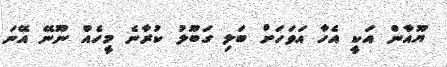
ޔޫއާން އަކީ އެހާ އަވަހަށް ބަލި ގަބޫލު ކުރާނެ މީހެއް ނޫނޭ އޭނަ